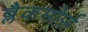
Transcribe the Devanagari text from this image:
ब्लैकमोर्स